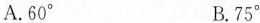
A.60^{\circ} B.75^{\circ}